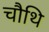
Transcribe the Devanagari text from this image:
चौथि